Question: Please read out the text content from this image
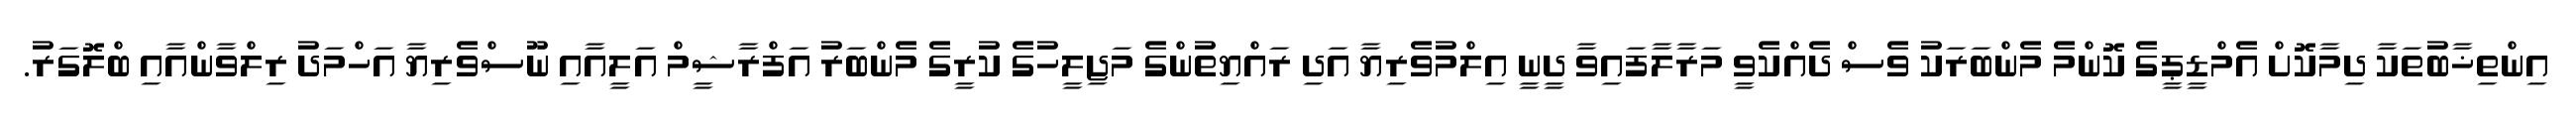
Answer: އިންތިޚާބުތަކާ ދިމާކޮށް އެމްޑީޕީގެ ކޮންމެ މެންބަރަކު ވެސް ދެއްކެވީ މަރާލާފައިވާ ދީނީ އިލްމުވެރިޔާ އަދި ރައްޔިތުންގެ މަޖިލީހުގެ ކުރީގެ މެންބަރު އަފްރާޝީމް އަލީއާއި ނޫސްވެރިޔާ އަހްމަދު ރިލްވާންއާއި ބްލޮގަރު.